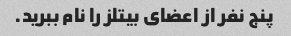
پنج نفر از اعضای بیتلز را نام ببرید.